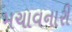
મચાવનારી